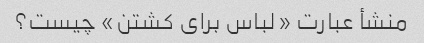
منشأ عبارت «لباس برای کشتن» چیست؟